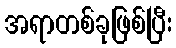
အရာတစ်ခုဖြစ်ပြီး